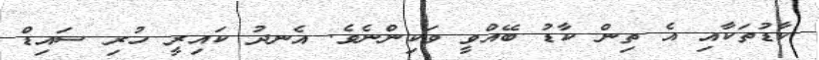
ކާޑުތަކާއި އެ ތިން ކާޑު ބޭއްވީ ވަކިންނެވެ. އެނދު ކައިރީ ހުރި ސައިޑް